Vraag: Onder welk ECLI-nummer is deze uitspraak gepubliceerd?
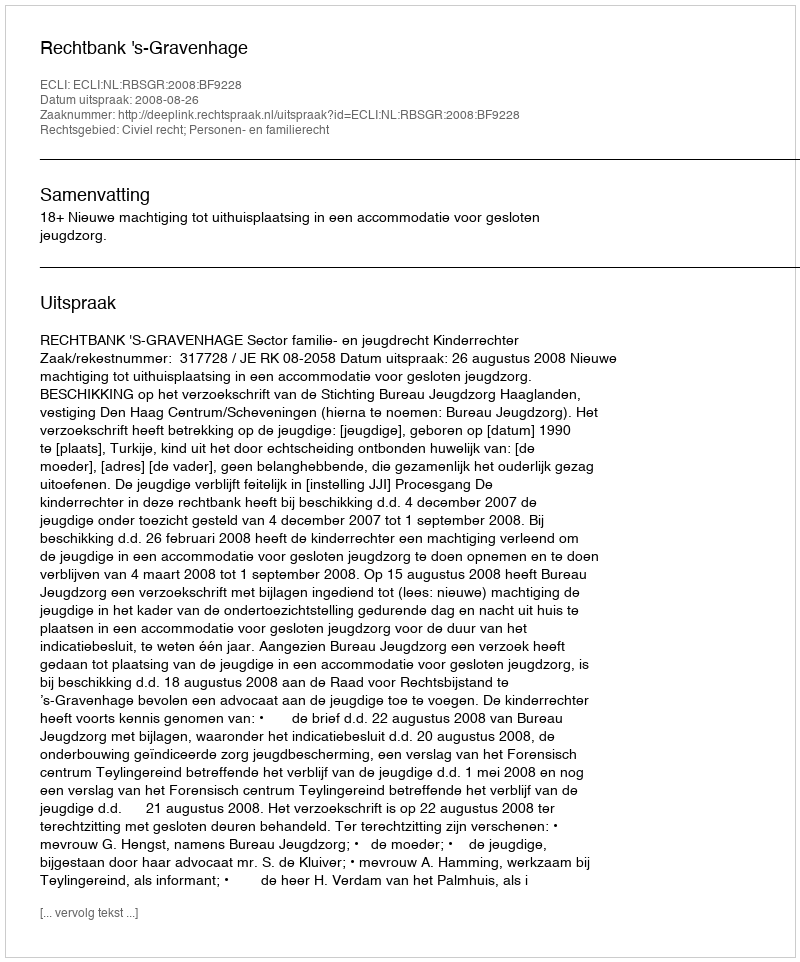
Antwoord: ECLI:NL:RBSGR:2008:BF9228